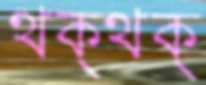
থক্‌থক্‌